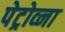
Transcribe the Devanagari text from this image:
पेट्रोव्ना